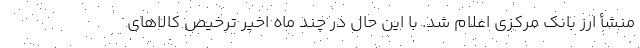
منشأ ارز بانک مرکزی اعلام شد. با این حال در چند ماه اخیر ترخیص کالاهای